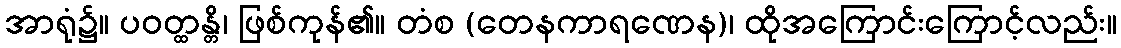
အာရုံ၌။ ပဝတ္ထန္တိ၊ ဖြစ်ကုန်၏။ တံစ (တေနကာရဏေန)၊ ထိုအကြောင်းကြောင့်လည်း။